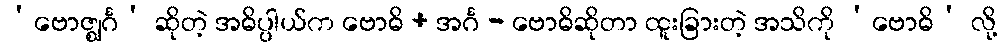
‘ဗောဇ္ဈင်္ဂ’ ဆိုတဲ့ အဓိပ္ပါယ်က ဗောဓိ + အင်္ဂ - ဗောဓိဆိုတာ ထူးခြားတဲ့ အသိကို ‘ဗောဓိ’ လို့